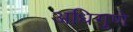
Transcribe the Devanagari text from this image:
अधिगुणे